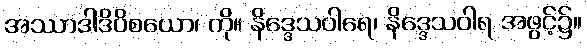
အဿာဒါဒိဝိစယော၊ ကို။ နိဒ္ဒေသဝါရေ၊ နိဒ္ဒေသဝါရ အဖွင့်၌။